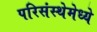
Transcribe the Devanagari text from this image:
परिसंस्थेमेध्ये